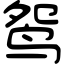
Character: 鸳